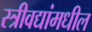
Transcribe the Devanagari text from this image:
स्त्रीवद्यांमधील